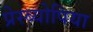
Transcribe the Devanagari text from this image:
प्रेस्ब्योपिया